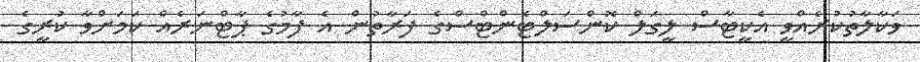
ވަކާލާތުކުރެއްވީ އެކީޓާސް ލީގަލް ކޮންސަލްޓެންޓްސްގެ ފަރާތުން އެ ފާމުގެ ޕާޓްނަރެއް ކަމަށްވާ ކުރީގެ